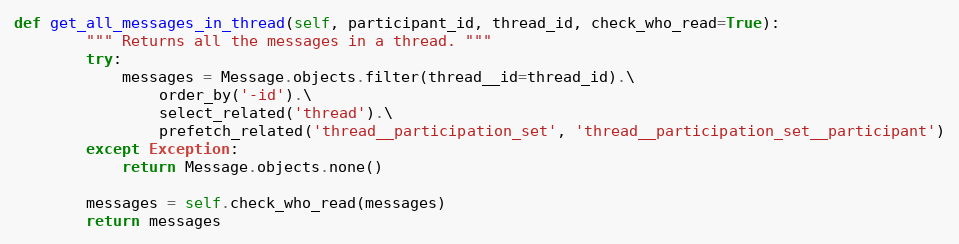
Language: Python
def get_all_messages_in_thread(self, participant_id, thread_id, check_who_read=True):
        """ Returns all the messages in a thread. """
        try:
            messages = Message.objects.filter(thread__id=thread_id).\
                order_by('-id').\
                select_related('thread').\
                prefetch_related('thread__participation_set', 'thread__participation_set__participant')
        except Exception:
            return Message.objects.none()

        messages = self.check_who_read(messages)
        return messages